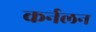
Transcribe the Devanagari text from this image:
कर्नलन